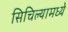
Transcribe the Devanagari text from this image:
सिचिल्यामध्ये